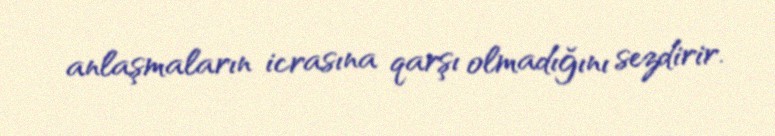
anlaşmaların icrasına qarşı olmadığını sezdirir.